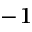
^ { - 1 }